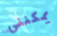
يمكنني